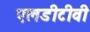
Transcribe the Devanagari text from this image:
एलडीटीवी